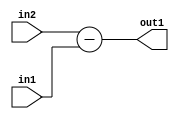
`timescale 1ps / 1ps
/*****************************************************************************
    Verilog RTL Description
    
    
    Created by: Stratus DpOpt 2019.1.01 
*******************************************************************************/

module st_feature_addr_gen_Sub_16Ux8U_17S_4_2 (
	in2,
	in1,
	out1
	); /* architecture "behavioural" */ 
input [15:0] in2;
input [7:0] in1;
output [16:0] out1;
wire [16:0] asc001;

assign asc001 = 
	+(in2)
	-(in1);

assign out1 = asc001;
endmodule

/* CADENCE  ubLzSw0= : u9/ySgnWtBlWxVPRXgAZ4Og= ** DO NOT EDIT THIS LINE ******/